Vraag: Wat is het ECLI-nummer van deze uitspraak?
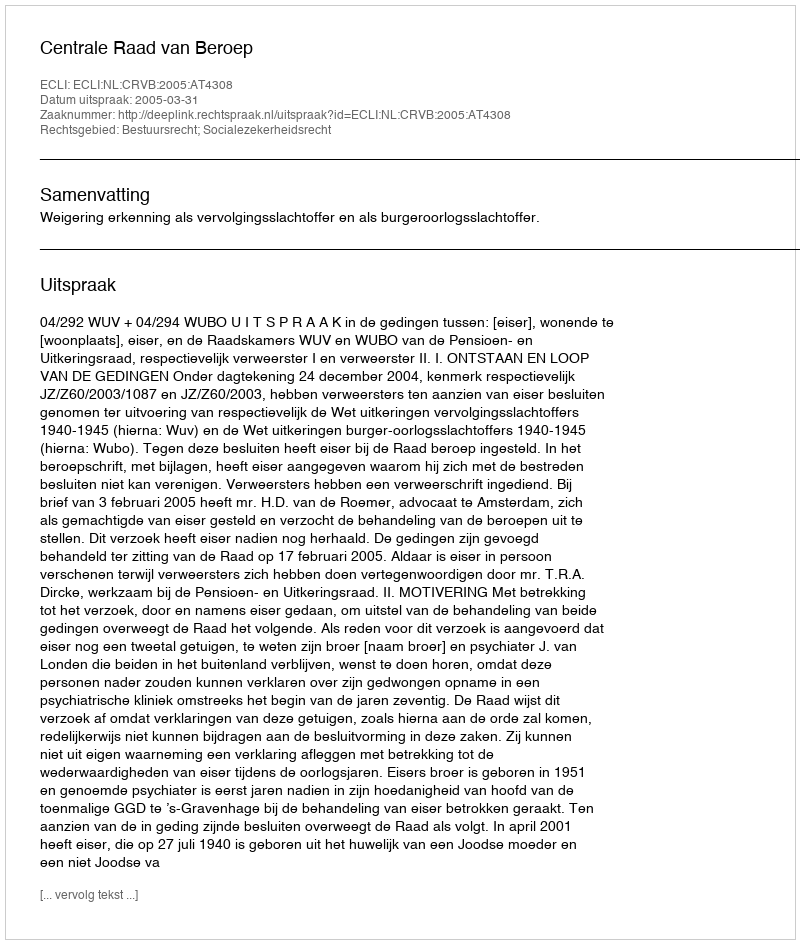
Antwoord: ECLI:NL:CRVB:2005:AT4308